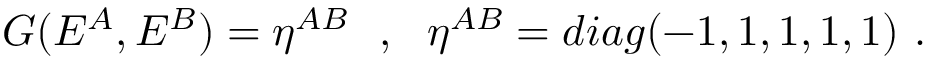
G ( E ^ { A } , E ^ { B } ) = \eta ^ { A B } ~ ~ , ~ ~ \eta ^ { A B } = d i a g ( - 1 , 1 , 1 , 1 , 1 ) ~ .